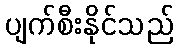
ပျက်စီးနိုင်သည်